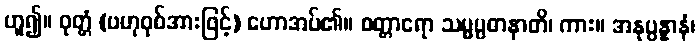
ဟူ၍။ ဝုတ္တံ (ဗဟုဝုစ်အားဖြင့်) ဟောအပ်၏။ စတ္တာရော သမ္မပ္ပဓာနာတိ၊ ကား။ အနုပ္ပန္နာနံ၊